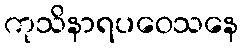
ကုသိနာရပဝေသနေ